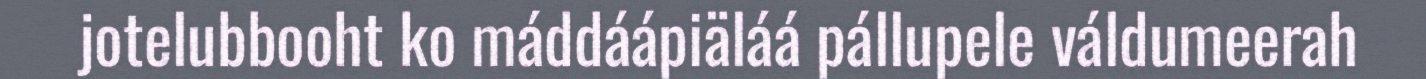
jotelubbooht ko máddáápiäláá pállupele váldumeerah